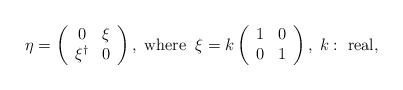
\begin{align*}\eta =\left( \begin{array}{cc}0 &\xi \\ \xi^\dagger &0 \end{array} \right), \; {\rm where}\; \; \xi =k\left( \begin{array}{cc}1 & 0\\ 0&1 \end{array}\right), \; k: \ {\rm real},\end{align*}